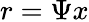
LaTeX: r=\Psi x